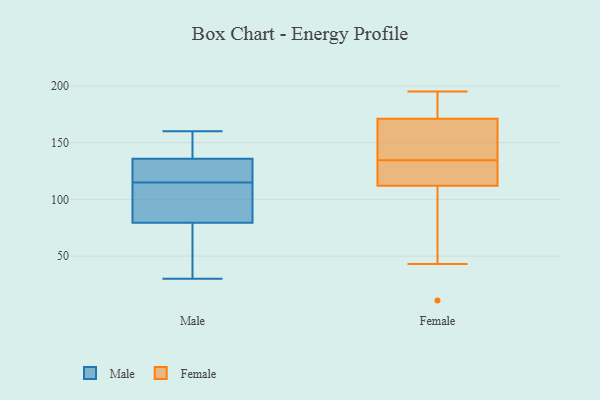
{"axis": {"x": "Production Output", "y": "Value"}, "legend": ["Female", "Male"], "data": [{"x": "", "y": 30, "type": "Male"}, {"x": "", "y": 78, "type": "Male"}, {"x": "", "y": 84, "type": "Male"}, {"x": "", "y": 123, "type": "Male"}, {"x": "", "y": 157, "type": "Male"}, {"x": "", "y": 77, "type": "Male"}, {"x": "", "y": 159, "type": "Male"}, {"x": "", "y": 101, "type": "Male"}, {"x": "", "y": 109, "type": "Male"}, {"x": "", "y": 125, "type": "Male"}, {"x": "", "y": 45, "type": "Male"}, {"x": "", "y": 60, "type": "Male"}, {"x": "", "y": 135, "type": "Male"}, {"x": "", "y": 160, "type": "Male"}, {"x": "", "y": 115, "type": "Male"}, {"x": "", "y": 160, "type": "Male"}, {"x": "", "y": 95, "type": "Male"}, {"x": "", "y": 135, "type": "Male"}, {"x": "", "y": 136, "type": "Male"}, {"x": "", "y": 171, "type": "Female"}, {"x": "", "y": 120, "type": "Female"}, {"x": "", "y": 43, "type": "Female"}, {"x": "", "y": 179, "type": "Female"}, {"x": "", "y": 112, "type": "Female"}, {"x": "", "y": 122, "type": "Female"}, {"x": "", "y": 84, "type": "Female"}, {"x": "", "y": 195, "type": "Female"}, {"x": "", "y": 169, "type": "Female"}, {"x": "", "y": 11, "type": "Female"}, {"x": "", "y": 139, "type": "Female"}, {"x": "", "y": 179, "type": "Female"}, {"x": "", "y": 131, "type": "Female"}, {"x": "", "y": 138, "type": "Female"}]}